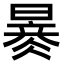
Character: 𣊂